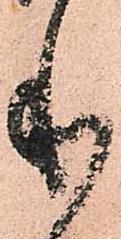
本